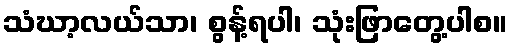
သံဃာ့လယ်သာ၊ စွန့်ရပါ၊ သုံးဖြာတွေ့ပါစ။